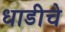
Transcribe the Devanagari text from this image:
धाडीचे